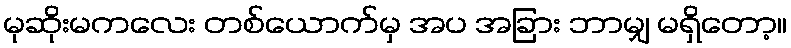
မုဆိုးမကလေး တစ်ယောက်မှ အပ အခြား ဘာမျှ မရှိတော့။